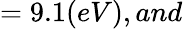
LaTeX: =9.1(eV),and